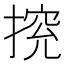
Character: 𢰉